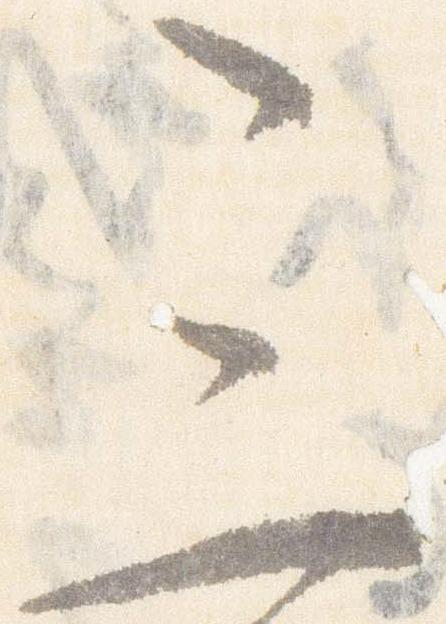
三